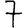
Digit: 7